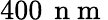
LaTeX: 400\, \mathrm{~n~m~}